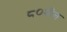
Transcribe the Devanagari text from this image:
८०मील